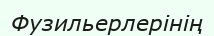
Фузильерлерінің